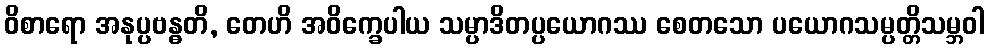
ဝိစာရော အနုပ္ပဗန္ဓတိ, တေဟိ အဝိက္ခေပါယ သမ္ပာဒိတပ္ပယောဂဿ စေတသော ပယောဂသမ္ပတ္တိသမ္ဘဝါ